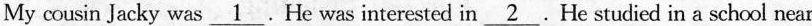
My cousin Jacky was\underline{1} .He was interested in \underline{2}.He studied in a school near